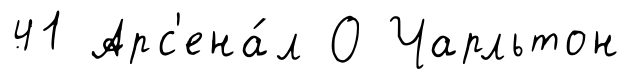
41 Арс'ена́л О Чарльтон